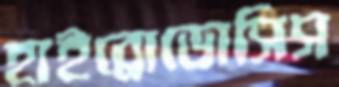
হাইব্রোডোসিস